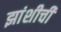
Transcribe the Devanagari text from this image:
झांशीची